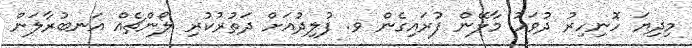
މިދިޔަ ހޮނިހިރު ދުވަހު މާލޭން ފުރައިގެން ވ. ފުލިދުއަށް ދަތުރުކުރި ލޯންޗެއް އަނބުރާލަން